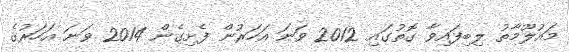
މައުލޫމާތު ލިބިފައިވާ ގޮތުގައި 2012 ވަނަ އަހަރުން ފެށިގެން 2014 ވަނަ އަހަރުގެ